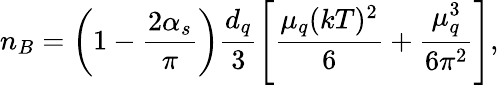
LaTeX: n_{B}=\left(1-\frac{2\alpha_{s}}{\pi}\right)\frac{d_{q}}{3}\left[\frac{\mu_{q}(kT)^{2}}{6}+\frac{\mu_{q}^{3}}{6\pi^{2}}\right],